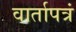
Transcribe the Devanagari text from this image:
वार्तापत्रं